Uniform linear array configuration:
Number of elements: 12
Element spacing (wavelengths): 0.75
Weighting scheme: uniform
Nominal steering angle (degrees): -30
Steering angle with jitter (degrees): -30.056
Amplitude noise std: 0.05
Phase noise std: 0.05

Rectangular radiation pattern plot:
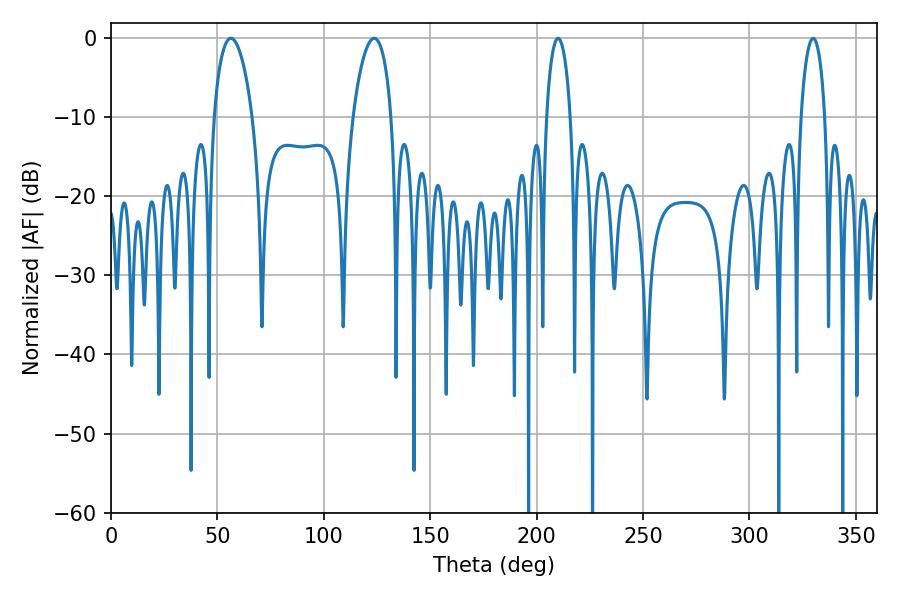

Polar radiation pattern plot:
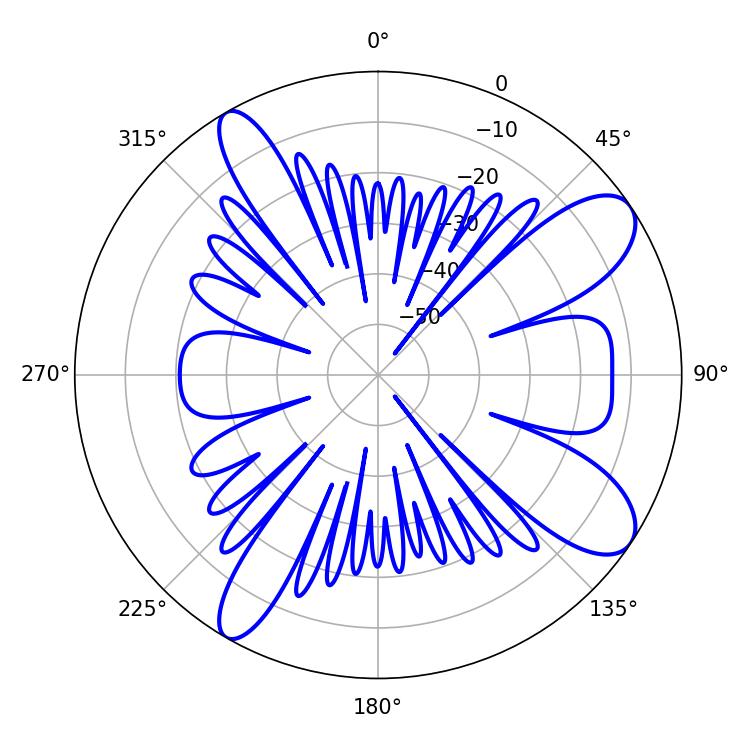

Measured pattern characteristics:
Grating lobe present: TRUE
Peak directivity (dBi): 9.838
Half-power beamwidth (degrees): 10.08
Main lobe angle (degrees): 56.34